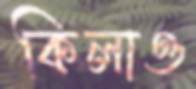
কিলাও